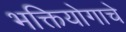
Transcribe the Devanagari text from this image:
भक्तियोगाचे